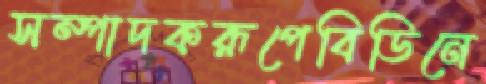
সম্পাদকরূপেবিডিনে